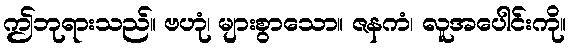
ဤဘုရားသည်။ ဗဟုံ၊ များစွာသော။ ဇနကံ၊ လူအပေါင်းကို။